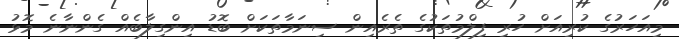
މިއަހަރުގެ ކުރިއަށް ހުރި ފިލްމުތަކުގެ ތެރެއިން ސިނަމާތަކަށް ބޮޑު އިންގިލާބެއް ގެންނާނެ މޮޅު